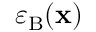
\varepsilon _ { \mathrm { B } } ( \mathbf { x } )